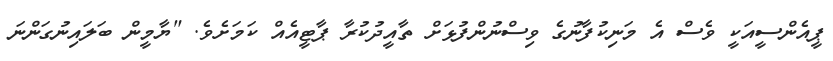
ޕީއެންސީއަކީ ވެސް އެ މަނިކުފާނުގެ ވިސްނުންފުޅަށް ތާއީދުކުރާ ޕާޓީއެއް ކަމަށެވެ. "ޔާމީން ބަލައިނުގަންނަ